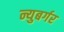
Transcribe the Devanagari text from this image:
न्युबर्गर